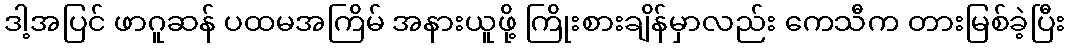
ဒါ့အပြင် ဖာဂူဆန် ပထမအကြိမ် အနားယူဖို့ ကြိုးစားချိန်မှာလည်း ကေသီက တားမြစ်ခဲ့ပြီး